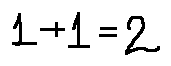
1 + 1 = 2